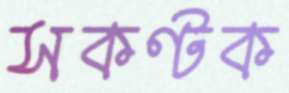
সকণ্টক